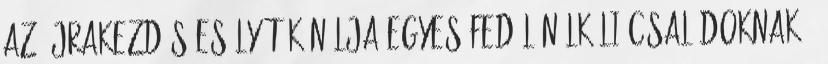
az újrakezdés esélyét kínálja egyes fedél nélküli családoknak -